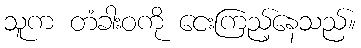
သူက တံခါးဝကို ငေးကြည့်နေသည်။